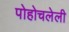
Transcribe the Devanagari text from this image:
पोहोचलेली